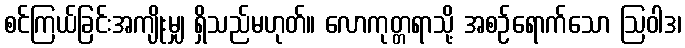
စင်ကြယ်ခြင်းအကျိုးမျှ ရှိသည်မဟုတ်။ လောကုတ္တရာသို့ အစဉ်ရောက်သော ဩဝါဒ၊